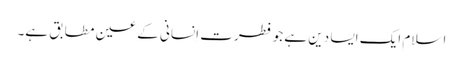
اسلام ایک ایسا دین ہے جو فطرت اِنسانی کے عین مطابق ہے۔